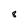
Character: 8